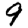
Digit: 9